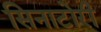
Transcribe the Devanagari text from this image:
सिनाटोरी